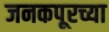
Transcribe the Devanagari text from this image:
जनकपूरच्या